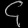
Digit: ၄